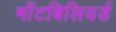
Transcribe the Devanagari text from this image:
माँटबिलियर्ड